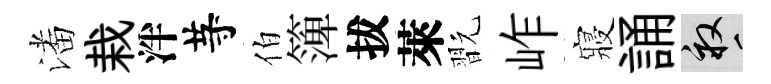
潘栽泮䒭伯𥱼拔萊翫岞寢誦畝